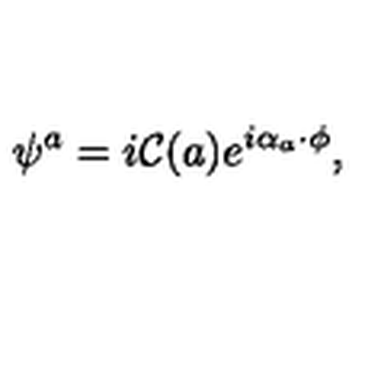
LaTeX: \psi ^ { a } = i { \cal C } ( a ) e ^ { i \alpha _ { a } \cdot \phi } ,